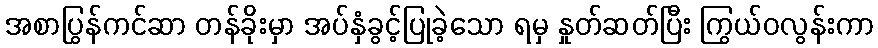
အစာပြွန်ကင်ဆာ တန်ခိုးမှာ အပ်နှံခွင့်ပြုခဲ့သော ရမှ နှုတ်ဆတ်ပြီး ကြွယ်ဝလွန်းကာ